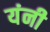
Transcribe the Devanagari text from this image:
यंनी